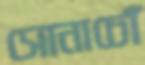
সোনাচোঁ